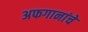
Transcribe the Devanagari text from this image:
अफगानांचे